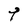
Character: t